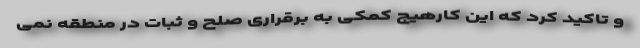
و تاکید کرد که این کارهیچ کمکی به برقراری صلح و ثبات در منطقه نمی